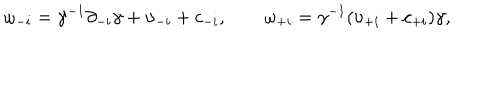
\omega _ { - i } = \gamma ^ { - 1 } \partial _ { - i } \gamma + \upsilon _ { - i } + c _ { - i } , \qquad \omega _ { + i } = \gamma ^ { - 1 } ( \upsilon _ { + i } + c _ { + i } ) \gamma ,